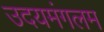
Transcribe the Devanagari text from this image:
उदयमंगलम